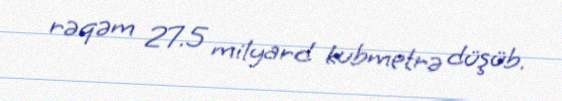
rəqəm 27.5 milyard kubmetrə düşüb.